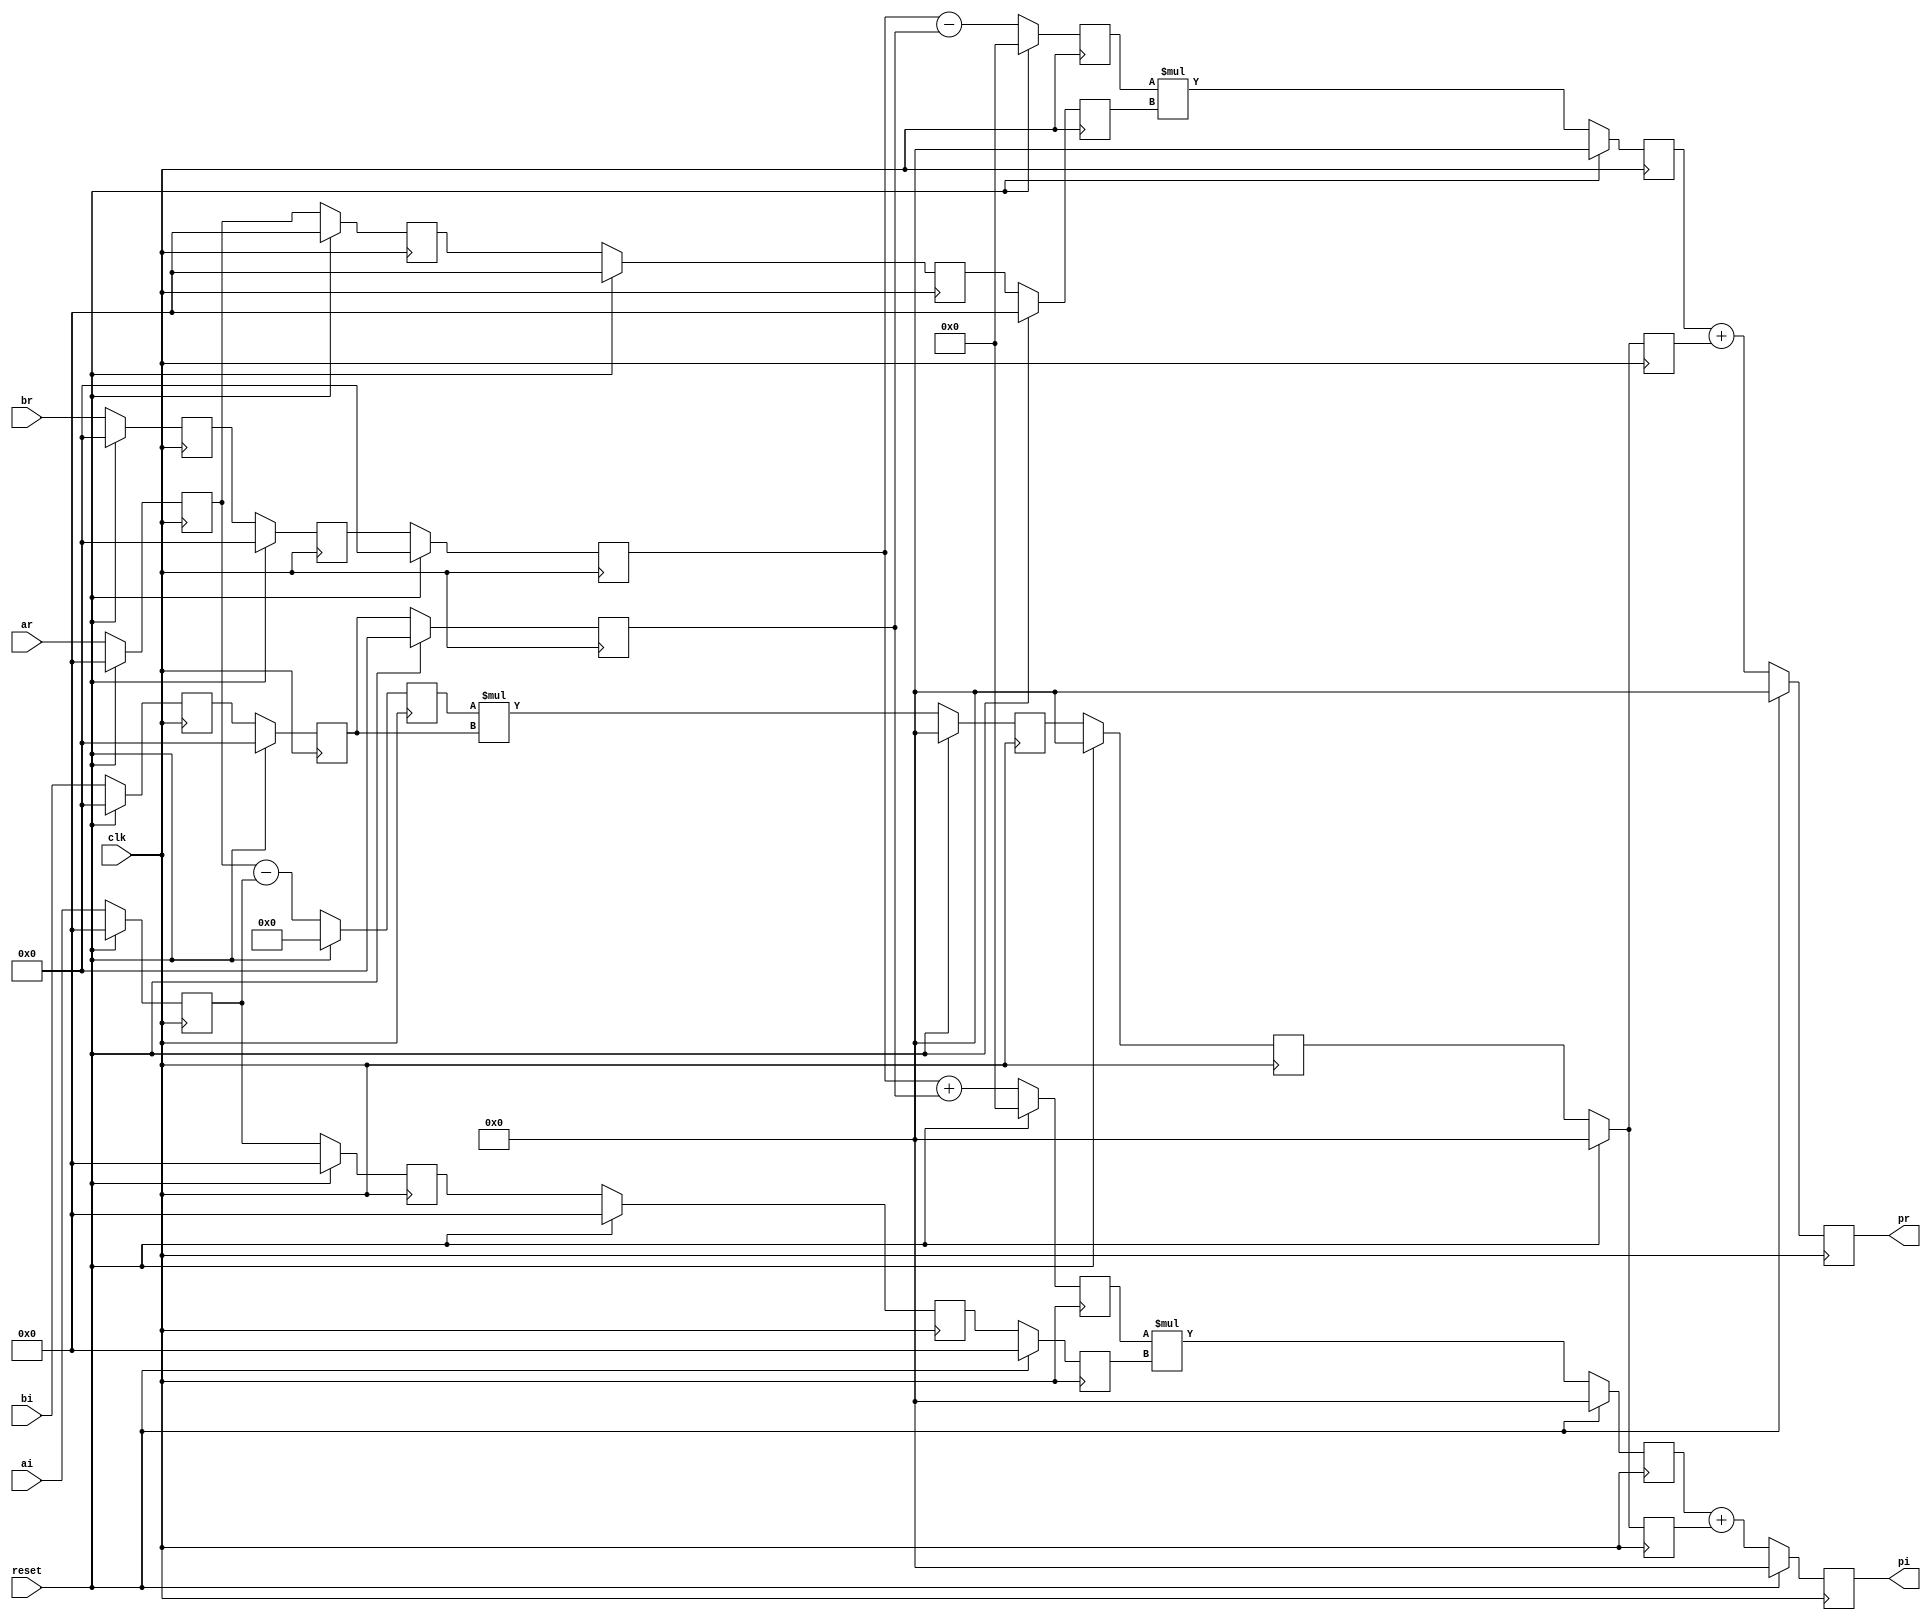
//
// Complex Multiplier (ar + ai)*(br + bi) = (pr + pi)
//
module complex_multiplier # (parameter  A_WIDTH = 20,  B_WIDTH = 18)
(
 input clk, reset,
 input signed [ A_WIDTH-1:0] ar, ai,
 input signed [ B_WIDTH-1:0] br, bi,
 output signed [ A_WIDTH+ B_WIDTH:0] pr, pi
 );

reg signed [ A_WIDTH-1:0] ai_d, ai_dd, ai_ddd, ai_dddd ;
reg signed [ A_WIDTH-1:0] ar_d, ar_dd, ar_ddd, ar_dddd ;
reg signed [ B_WIDTH-1:0] bi_d, bi_dd, bi_ddd, br_d, br_dd, br_ddd ;
reg signed [ A_WIDTH:0] addcommon ;
reg signed [ B_WIDTH:0] addr, addi ;
reg signed [ A_WIDTH+ B_WIDTH:0] mult0, multr, multi, pr_int, pi_int ;
reg signed [ A_WIDTH+ B_WIDTH:0] common, commonr1, commonr2 ;

always @(posedge clk) begin
    if (reset) begin 
        ar_d <= 0;
        ar_dd <= 0;
        ai_d <= 0;
        ai_dd <= 0;
        br_d <= 0;
        br_dd <= 0;
        br_ddd <= 0;
        bi_d <= 0;
        bi_dd <= 0;
        bi_ddd <= 0;
    end
    else begin
        ar_d <= ar;
        ar_dd <= ar_d;
        ai_d <= ai;
        ai_dd <= ai_d;
        br_d <= br;
        br_dd <= br_d;
        br_ddd <= br_dd;
        bi_d <= bi;
        bi_dd <= bi_d;
        bi_ddd <= bi_dd;
    end
end 
// Common factor (ar ai) x bi, shared for the calculations of the real and imaginary final products
//
always @(posedge clk) begin
    if (reset) begin
        addcommon <= 0;
        mult0 <= 0;
        common <= 0;
    end
    else begin
        addcommon <= ar_d - ai_d;
        mult0 <= addcommon * bi_dd;
        common <= mult0;
    end
end
// Real product
//
always @(posedge clk) begin
    if (reset) begin   
        ar_ddd <= 0;
        ar_dddd <= 0;
        addr <= 0;
        multr <= 0;
        commonr1 <= 0;
        pr_int <= 0;
    end
    else begin
        ar_ddd <= ar_dd;
        ar_dddd <= ar_ddd;
        addr <= br_ddd - bi_ddd;
        multr <= addr * ar_dddd;
        commonr1 <= common;
        pr_int <= multr + commonr1;
    end
end
// Imaginary product
//
always @(posedge clk) begin
    if (reset) begin   
        ai_ddd <= 0;
        ai_dddd <= 0;
        addi <= 0;
        multi <= 0;
        commonr2 <= 0;
        pi_int <= 0;
    end
    else begin
        ai_ddd <= ai_dd;
        ai_dddd <= ai_ddd;
        addi <= br_ddd + bi_ddd;
        multi <= addi * ai_dddd;
        commonr2 <= common;
        pi_int <= multi + commonr2;
    end
end
assign pr = pr_int;
assign pi = pi_int;

endmodule // cmult